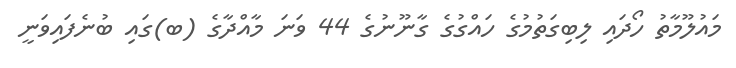
މައުލޫމާތު ހޯދައި ލިބިގަތުމުގެ ހައްގުގެ ގާނޫނުގެ 44 ވަނަ މާއްދާގެ (ބ)ގައި ބުނެފައިވަނީ